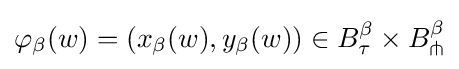
\varphi _{\beta }(w)=\left(x_{\beta }(w),y_{\beta }(w)\right)\in B_{\tau }^{\beta }\times B_{\pitchfork }^{\beta }